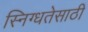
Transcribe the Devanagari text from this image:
स्निग्धतेसाठी